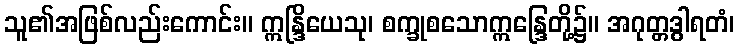
သူ၏အဖြစ်လည်းကောင်း။ ဣန္ဒြိယေသု၊ စက္ခုစသောဣန္ဒြေတို့၌။ အဂုတ္တဒွါရတံ၊